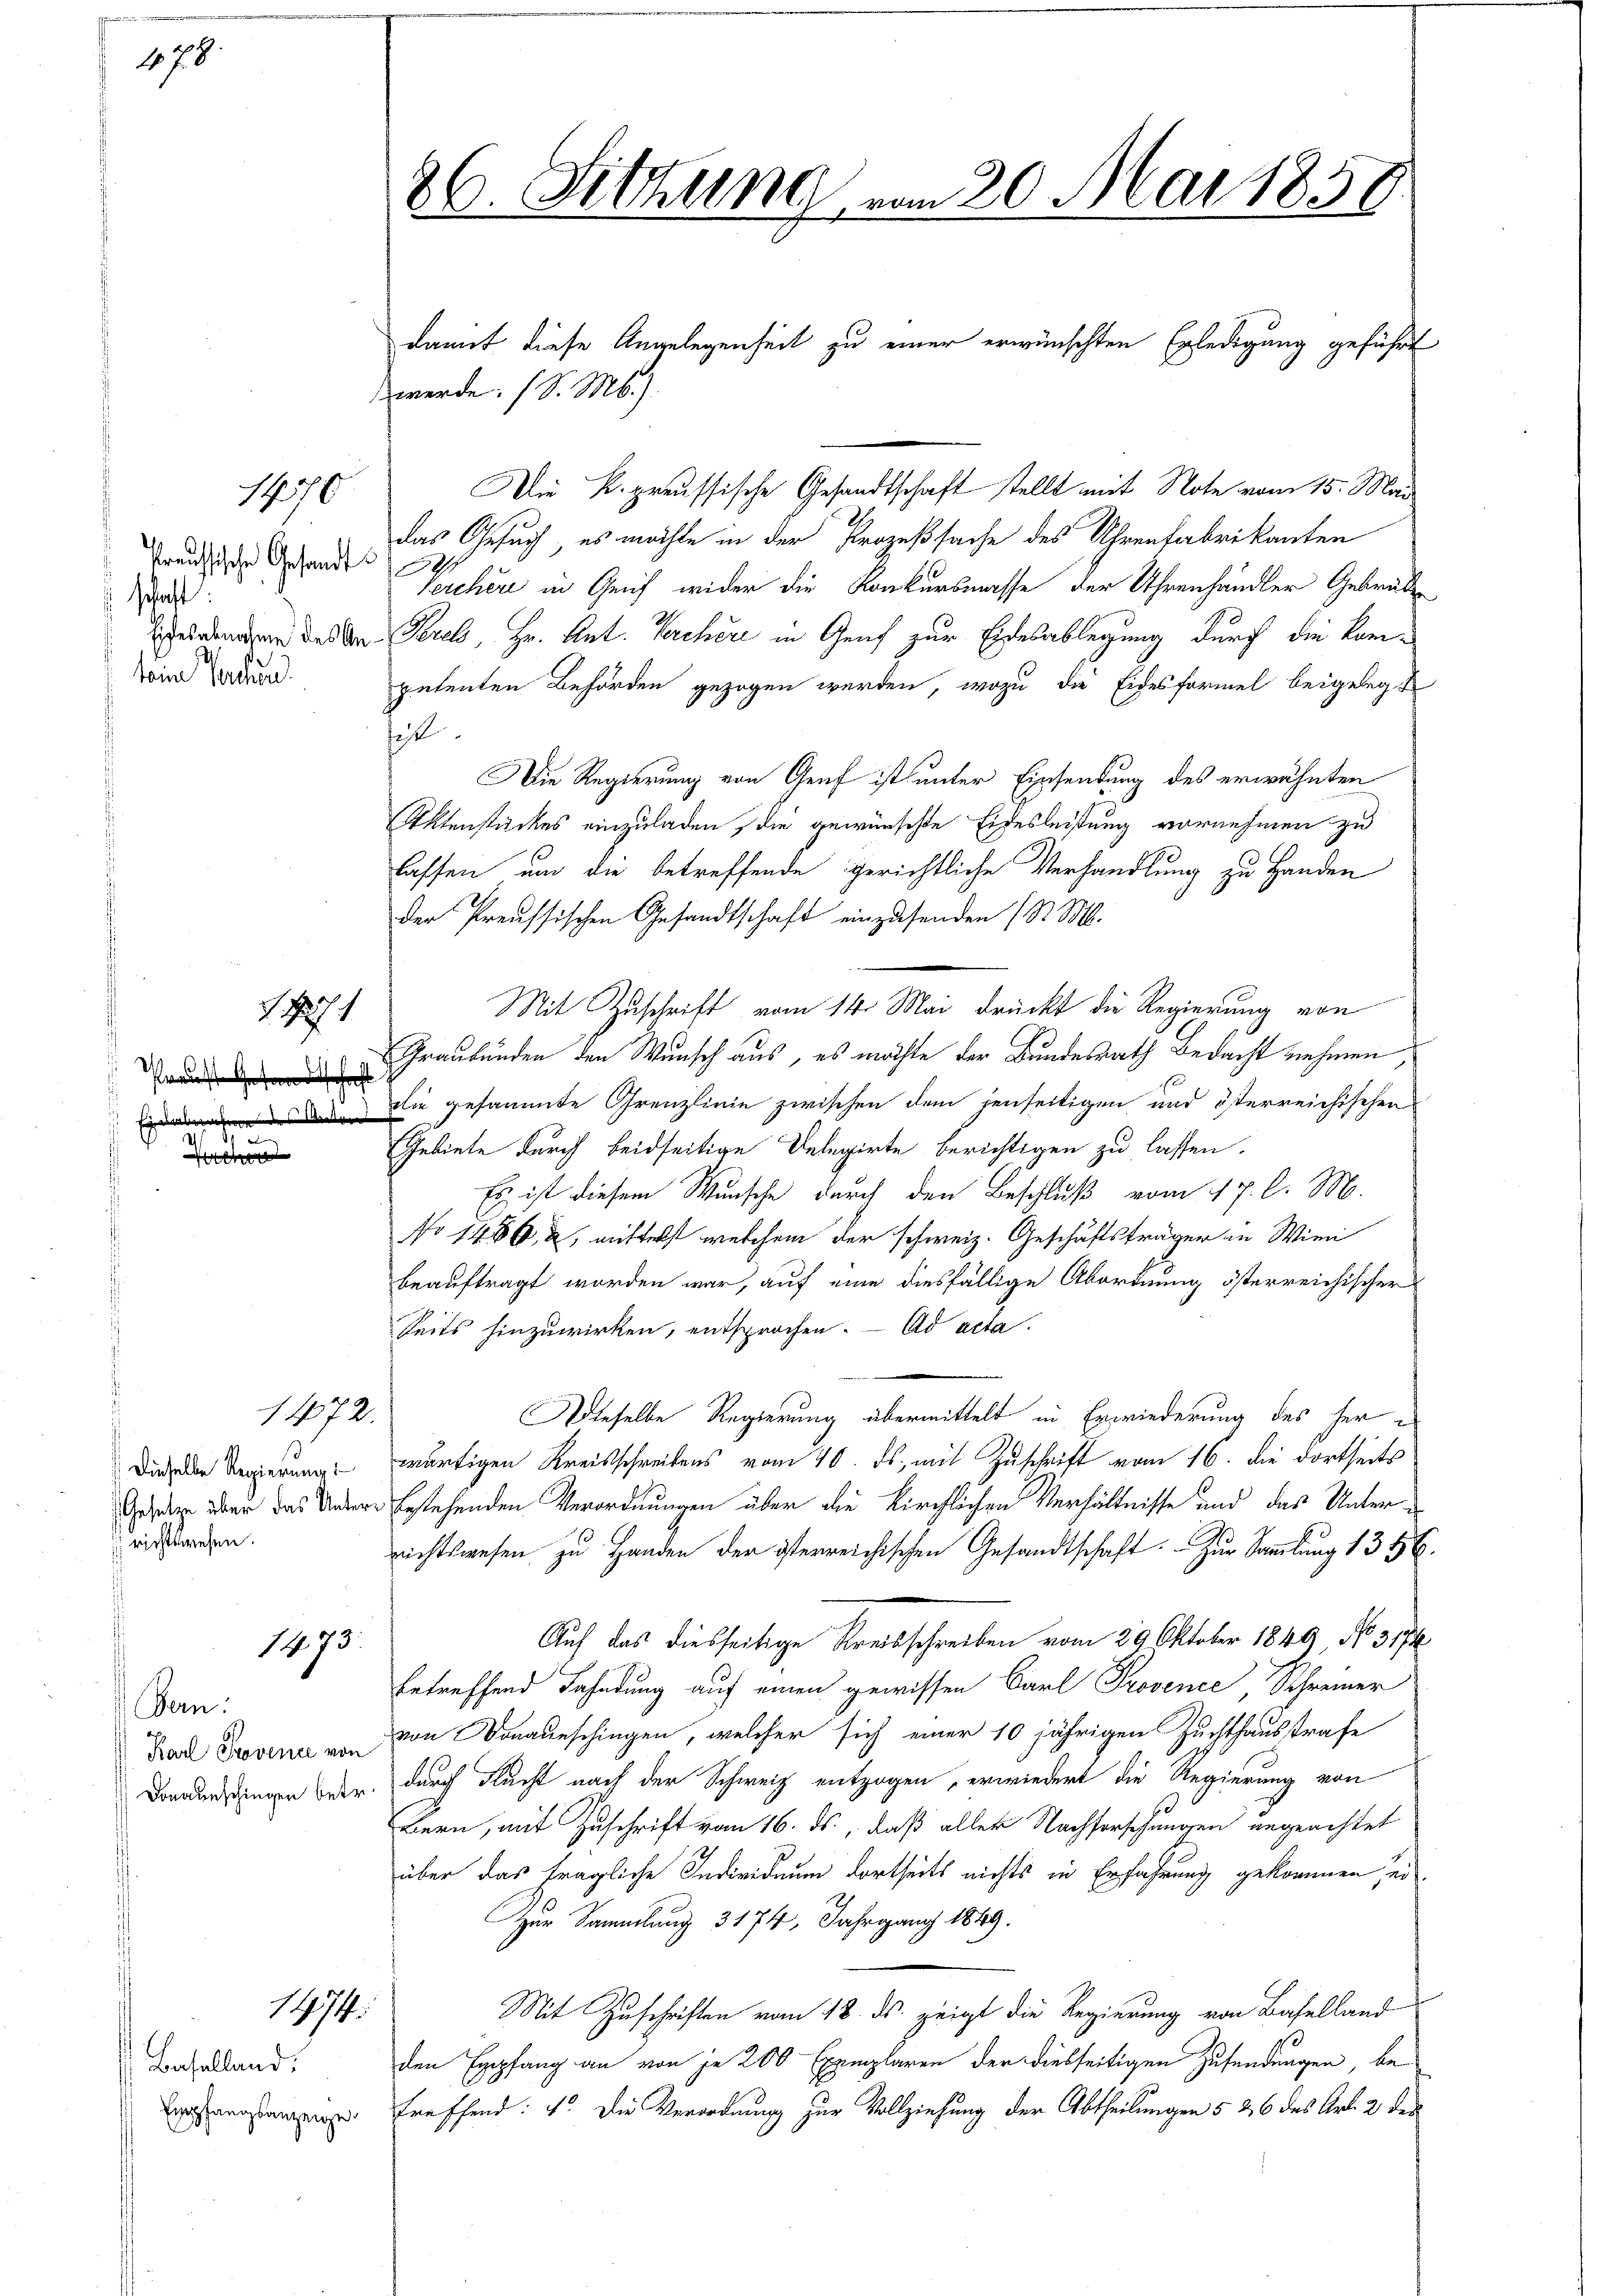
478

Preussische Gesandt
 schaft
tem Partend

a

1970

1472.
Dieselbe Regierung
Gesetze über das Unter
 richtswesen.

1473

Bern:
Karl Provence von

Befallend.
Empfangsanzeige.

S. 1871

1474:

damit diese Angelegenheit zu einer erwünschten Erledigung geführt
werde. (S. M.).
Die K. preussische Gesandtschaft stellt mit Note vom 15. Mai
das Gesuch, es möchte in der Prozeßsache des Uhrenfabrikanten
Lerchere in Geif wider die Konkursmasse der Uhrenhandler Gebrüde
Eiches andern des der Serels, Hr. Ant. Kerchere in Genf zur Eidesablegung durch die Kompetenten Behörden gezogen werden, wozu die Eidesformel beigelegt
fi
Die Regierung von Genf ist unter Einsendung des erwähnten
Aktenstückes einzuladen, die gewünschte Eidesleistung vornehmen zu
lassen, um die betreffende gerichtliche Verhandlung zu Handen
der Preussischen Gesandtschaft einzusenden (S. M.
Mit Zuschrift vom 14. Mai drückt die Regierung von
Graubünden den Wunsch aus, es möchte der Bundesrath Bedacht nehmen,
die gesammte Grenzlinie zwischen dem jenseitigen und österreichischen
Gebiete durch beidseitige Delegirte berichtigen zu lassen.
Es ist diesem Wunsche durch den Beschluß vom 17. l. M.
No 1486, 2, mittelst welchem der schweiz. Geschäftsträger in Wien
beauftragt worden war, auf eine diesfällige Abordnung österreichischer
Seits hinzuwirken, entsprochen. Ad acta.
Dieselbe Regierung übermittelt in Erwiederung des her e
wärtigen Kreisschreibens vom 10. ds., mit Zuschrift vom 16. die dortseits
 Erstehenden Verordnungen über die Kirchlichen Verhältnisse und das Unternichtswesen zu Handen der österreichischen Gesandtschaft: Zur Sammlung 1356.
Auf das diesseitige Kreisschreiben vom 29. Oktober 1849, No 3174
betreffend Fahndung auf einen gewissen Carl Provence Schreiner
von Donausschingen, welcher sich einer 10 jährigen Zuchthausstrafe
Dorangingen weder, durch Flucht nach der Schweiz entzogen, erwiedert die Regierung von
Bern, mit Zuschrift vom 16. ds., daß aller Nachforschungen ungeachtet
über das fragliche Individuum dortseits nichts in Erfahrung gekommen ei
Zur Sammlung 3174, Jahrgang 1849.
Mit Zuschriften vom 18. ds. zeigt die Regierung von Baselland
den Empfang an von je 200 Exemplaren der diesseitigen Zusendungen, betreffend: 4. Die Verordnung zur Vollziehung der Abtheilungen § 26 des Art. 2 der

26. Sitzung

m 20. Mai 1850